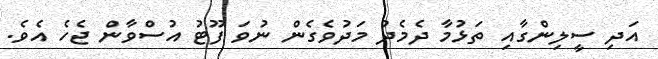
އަދި ސީލިންގާއި ތަޅުމާ ދެމެދު މަދުވެގެން ނުވަ ފޫޓު އުސްވާން ޖެހެ އެވެ.